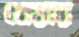
খেয়ার